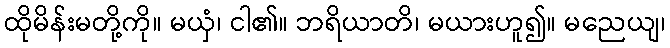
ထိုမိန်းမတို့ကို။ မယှံ၊ ငါ၏။ ဘရိယာတိ၊ မယားဟူ၍။ မညေယျ၊